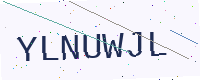
Text: YLNUWJL